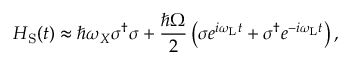
H _ { \mathrm { S } } ( t ) \approx \hbar \omega _ { X } \sigma ^ { \dagger } \sigma + \frac { \hbar \Omega } { 2 } \left( \sigma e ^ { i \omega _ { \mathrm { L } } t } + \sigma ^ { \dagger } e ^ { - i \omega _ { \mathrm { L } } t } \right) ,